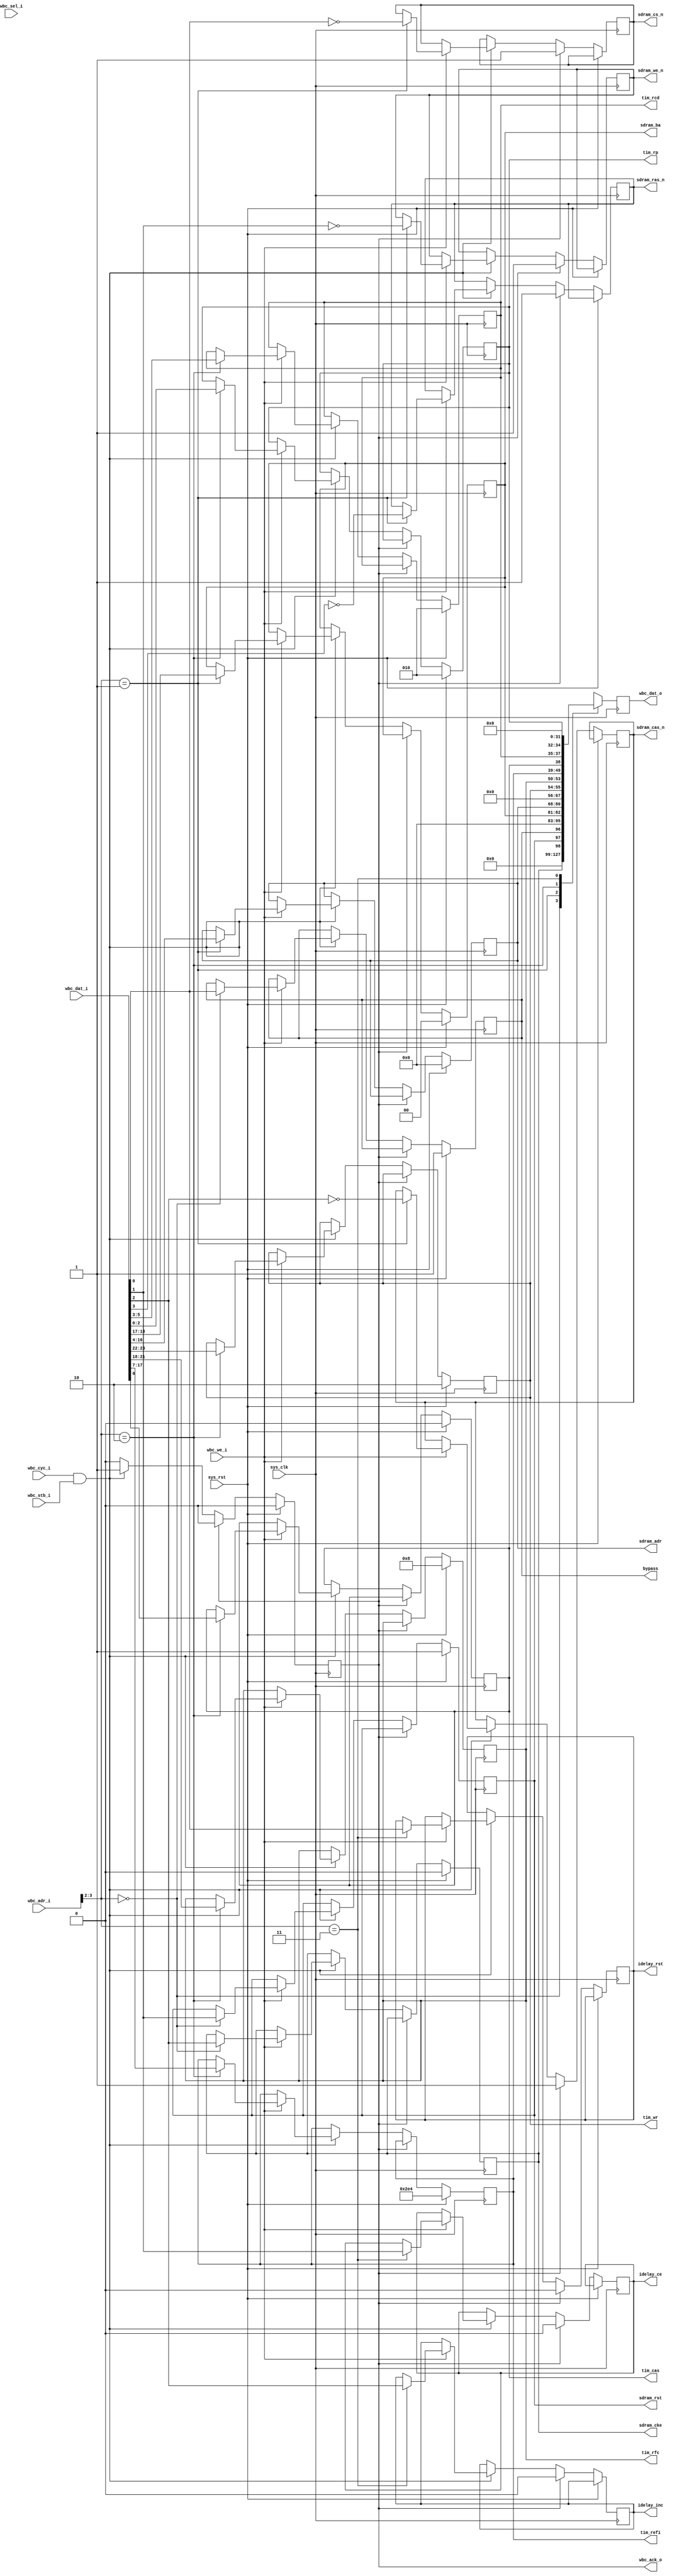
/*
 * High Performance Dynamic Memory Controller
 * Copyright (C) 2008, 2009 Sebastien Bourdeauducq - http://lekernel.net
 * This file is part of HPDMC.
 *
 * HPDMC is free software; you can redistribute it and/or modify it
 * under the terms of the GNU Library General Public License as published
 * by the Free Software Foundation; either version 2, or (at your option)
 * any later version.
 *
 * This program is distributed in the hope that it will be useful,
 * but WITHOUT ANY WARRANTY; without even the implied warranty of
 * MERCHANTABILITY or FITNESS FOR A PARTICULAR PURPOSE.  See the GNU
 * Library General Public License for more details.
 *
 * You should have received a copy of the GNU Library General Public
 * License along with this program; if not, write to the Free Software
 * Foundation, Inc., 51 Franklin Street, Fifth Floor, Boston, MA 02110-1301,
 * USA.
 */

module hpdmc_ctlif(
	input sys_clk,
	input sys_rst,
	
	input [31:0] wbc_adr_i,
	input [31:0] wbc_dat_i,
	output reg [31:0] wbc_dat_o,
	input [3:0] wbc_sel_i,
	input wbc_cyc_i,
	input wbc_stb_i,
	input wbc_we_i,
	output reg wbc_ack_o,
	
	output reg bypass,
	output reg sdram_rst,
	
	output reg sdram_cke,
	output reg sdram_cs_n,
	output reg sdram_we_n,
	output reg sdram_cas_n,
	output reg sdram_ras_n,
	output reg [12:0] sdram_adr,
	output reg [1:0] sdram_ba,
	
	/* Clocks we must wait following a PRECHARGE command (usually tRP). */
	output reg [2:0] tim_rp,
	/* Clocks we must wait following an ACTIVATE command (usually tRCD). */
	output reg [2:0] tim_rcd,
	/* CAS latency, 0 = 2 */
	output reg tim_cas,
	/* Auto-refresh period (usually tREFI). */
	output reg [10:0] tim_refi,
	/* Clocks we must wait following an AUTO REFRESH command (usually tRFC). */
	output reg [3:0] tim_rfc,
	/* Clocks we must wait following the last word written to the SDRAM (usually tWR). */
	output reg [1:0] tim_wr,
	
	output reg idelay_rst,
	output reg idelay_ce,
	output reg idelay_inc
);

always @(posedge sys_clk) begin
	if(sys_rst) begin
		wbc_ack_o <= 1'b0;
	
		bypass <= 1'b1;
		sdram_rst <= 1'b1;
		
		sdram_cke <= 1'b0;
		sdram_adr <= 13'd0;
		sdram_ba <= 2'd0;
		
		tim_rp <= 3'd2;
		tim_rcd <= 3'd2;
		tim_cas <= 1'b0;
		tim_refi <= 11'd740;
		tim_rfc <= 4'd8;
		tim_wr <= 2'd2;
	end else begin
		if(~wbc_ack_o) begin
			if(wbc_cyc_i & wbc_stb_i) begin
				if(wbc_we_i) begin
					case(wbc_adr_i[3:2])
						2'b00: begin
							bypass <= wbc_dat_i[0];
							sdram_rst <= wbc_dat_i[1];
							sdram_cke <= wbc_dat_i[2];
						end
						2'b01: begin
							sdram_cs_n <= ~wbc_dat_i[0];
							sdram_we_n <= ~wbc_dat_i[1];
							sdram_cas_n <= ~wbc_dat_i[2];
							sdram_ras_n <= ~wbc_dat_i[3];
							sdram_adr <= wbc_dat_i[16:4];
							sdram_ba <= wbc_dat_i[18:17];
						end
						2'b10: begin
							tim_rp <= wbc_dat_i[2:0];
							tim_rcd <= wbc_dat_i[5:3];
							tim_cas <= wbc_dat_i[6];
							tim_refi <= wbc_dat_i[17:7];
							tim_rfc <= wbc_dat_i[21:18];
							tim_wr <= wbc_dat_i[23:22];
						end
						2'b11: begin
							idelay_rst <= wbc_dat_i[0];
							idelay_ce <= wbc_dat_i[1];
							idelay_inc <= wbc_dat_i[2];
						end
					endcase
				end
				wbc_ack_o <= 1'b1;
			end
		end else begin
			sdram_cs_n <= 1'b1;
			sdram_we_n <= 1'b1;
			sdram_cas_n <= 1'b1;
			sdram_ras_n <= 1'b1;
			
			idelay_rst <= 1'b0;
			idelay_ce <= 1'b0;
			idelay_inc <= 1'b0;
			
			wbc_ack_o <= 1'b0;
		end
	end
end

always @(posedge sys_clk) begin
	case(wbc_adr_i[3:2])
		2'b00: wbc_dat_o <= {sdram_cke, sdram_rst, bypass};
		2'b01: wbc_dat_o <= {sdram_ba, sdram_adr, 4'h0};
		2'b10: wbc_dat_o <= {tim_wr, tim_rfc, tim_refi, tim_cas, tim_rcd, tim_rp};
		2'b11: wbc_dat_o <= 32'd0;
	endcase
end

endmodule